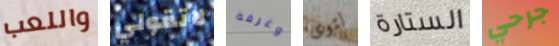
واللعب لاتقولي وغرفة لتوى الستارة جرحي